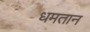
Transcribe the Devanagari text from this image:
धमतान